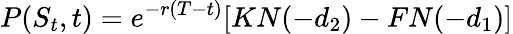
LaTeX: P(S_{t},t)=e^{-r(T-t)}[KN(-d_{2})-FN(-d_{1})]